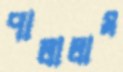
পালালাম